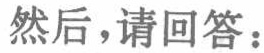
然后，请回答：